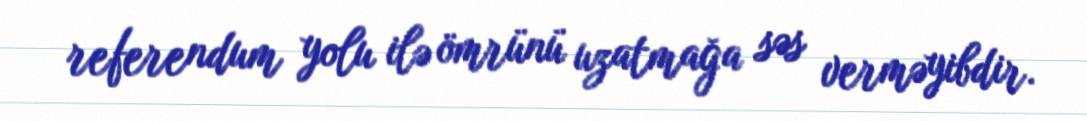
referendum yolu ilə ömrünü uzatmağa səs verməyibdir.